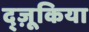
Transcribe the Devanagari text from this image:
द्ज़ूकिया